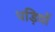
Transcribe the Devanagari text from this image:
पड़ियों